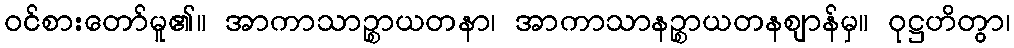
ဝင်စားတော်မူ၏။ အာကာသာဉ္စာယတနာ၊ အာကာသာနဉ္စာယတနဈာန်မှ။ ဝုဋ္ဌဟိတွာ၊